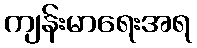
ကျန်းမာရေးအရ